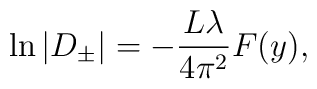
\ln\vert D_{\pm}\vert =-\frac{L\lambda}{4\pi^2}F(y),